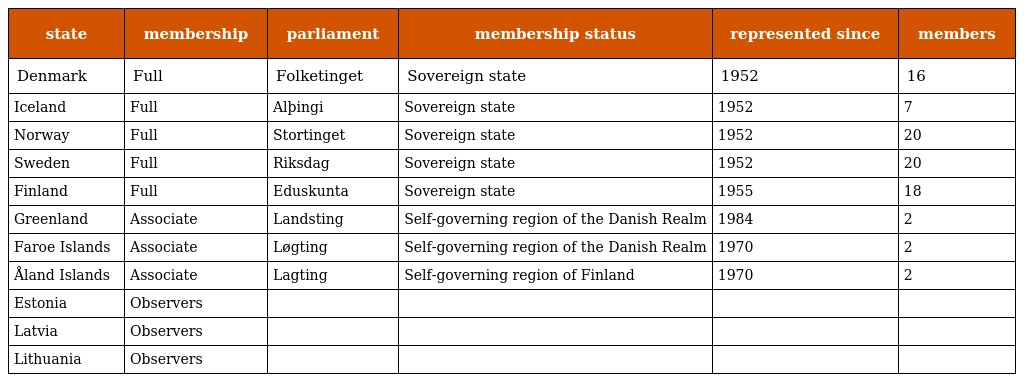
| state | membership | parliament | membership status | represented since | members |
 | --- | --- | --- | --- | --- | --- |
 | Denmark | Full | Folketinget | Sovereign state | 1952 | 16 |
 | Iceland | Full | Alþingi | Sovereign state | 1952 | 7 |
 | Norway | Full | Stortinget | Sovereign state | 1952 | 20 |
 | Sweden | Full | Riksdag | Sovereign state | 1952 | 20 |
 | Finland | Full | Eduskunta | Sovereign state | 1955 | 18 |
 | Greenland | Associate | Landsting | Self-governing region of the Danish Realm | 1984 | 2 |
 | Faroe Islands | Associate | Løgting | Self-governing region of the Danish Realm | 1970 | 2 |
 | Åland Islands | Associate | Lagting | Self-governing region of Finland | 1970 | 2 |
 | Estonia | Observers |  |  |  |  |
 | Latvia | Observers |  |  |  |  |
 | Lithuania | Observers |  |  |  |  |